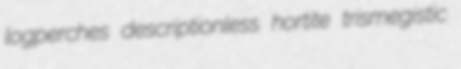
logperches descriptionless hortite trismegistic